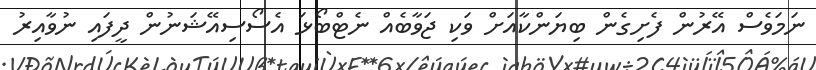
ނަމަވެސް އޭރުން ފެށިގެން ބިޔަންކާއަށް ވަކި ޖަވާބެއް ނެޓްބޯޅަ އެސޯސިއޭޝަނުން ދީފައި ނުވާއިރު